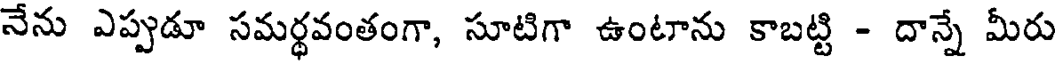
నేను ఎప్పుడూ సమర్థవంతంగా, సూటిగా ఉంటాను కాబట్టి - దాన్నే మీరు